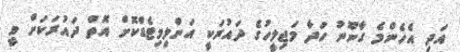
އަދި އެހެންމެ ގާނޫނު ހަދާ މަޖިލީހުގެ ދައުރަކީ އަންލިމިޓެޑްކޮށް އޮތް ދައުރަކަށް ވީ